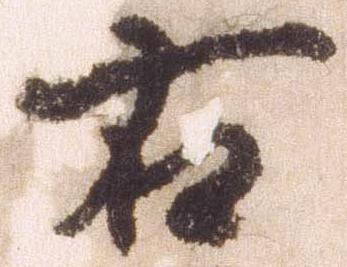
右